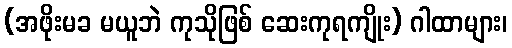
(အဖိုးမခ မယူဘဲ ကုသိုဖြစ် ဆေးကုရကျိုး) ဂါထာများ၊